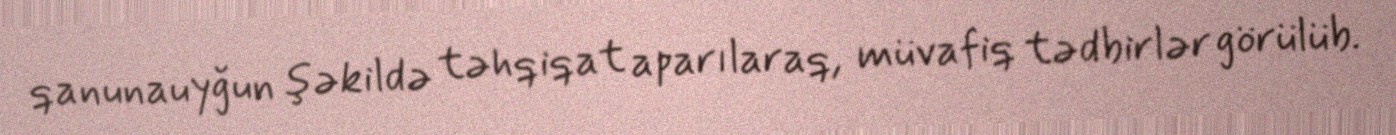
qanunauyğun şəkildə təhqiqat aparılaraq, müvafiq tədbirlər görülüb.